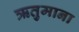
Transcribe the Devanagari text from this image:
ऋतुमाना